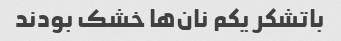
باتشکر یکم نان‌ها خشک بودند